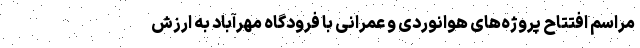
مراسم افتتاح پروژه‌های هوانوردی و عمرانی با فرودگاه مهرآباد به ارزش